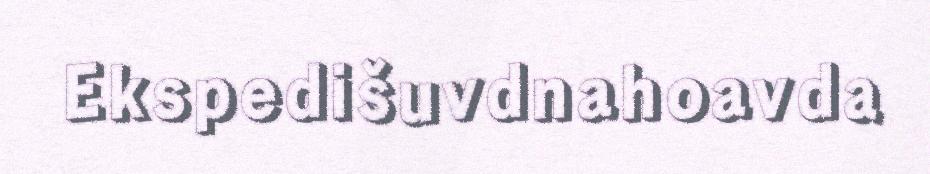
Ekspedišuvdnahoavda